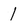
Character: I